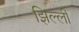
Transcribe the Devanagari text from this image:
झिल्लीं